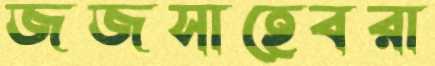
জজসাহেবরা